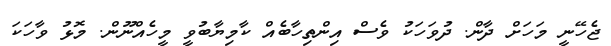
ޖެހޭނީ މަހަށް ދާން. ދުވަހަކު ވެސް އިންތިހާބެއް ކާމިޔާބުވީ މީހެއްނޫން. މޮޅު ވާހަކަ